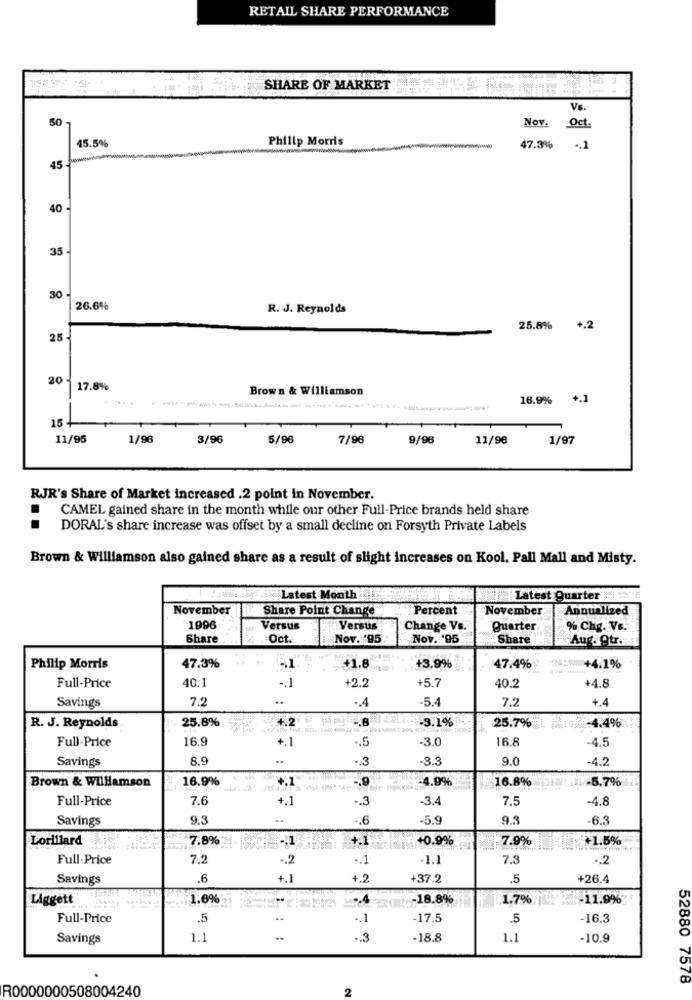
RETAIL SHARE PERFORMANCE
SHARE OF MARKET
Vs.
50
Nov.
Oct
45.5%
Philip Morris
47.3% .. 1
45
40
35
30
26.6%
R. J. Reynolds
25.8% +.2
25 -
20 -
17.8%
Brown & Williamson
16.9% +.1
16 +
11/95
1/96
3/96
5/96
7/96
9/98
11/96
1/97
RJR's Share of Market increased .2 point In November.
CAMEL gained share in the month while our other Full-Price brands held share
DORAL's share increase was offset by a small decline on Forsyth Private Labels
Brown & Williamson also gained share as a result of slight increases on Kool, Pall Mall and Misty.
Latest Month
Latest Quarter
November
Share Point Change
Percent
November
Annualized
1996.
Versus
Versus
Change Vs.
Quarter
% Chg. Ve.
Share
Oct.
Nov. 95
Nov. '95
Share
Aug. Our.
Philip Morris
47.3%
+1.8
+3,9%
47.4%
:+4.1%
40,1
+2.2
+5.7
Full-Price
-. 1
40.2
+4.8
7.2
.. 4
-5.4
7.2
+4
Savings
25.8%
4.2
-3.1%
R. J. Reynolds
25.7%
4.4%
Full-Price
16.9
-
.5
-3.0
16.8
4.5
Savings
8.9
.3
-3.3
9.0
-4.2
Brown & Williamson
16.9%
+,1
-. 9
-4.9%
16.8%
-5.7%
Full-Price
7.6
+.1
.. 3
-3.4
7.5
-4.8
Savings
9.3
.. 6
-5.9
9.3
-6.3
Lorillard
7.8%*
-. 1
+0.9%
7.9%
Full-Price
7.2
.. 2
.. 1
1.1
7.3
.. 2
Savings
.6
+.1
+.2
+37.2
.5
+26.4
Liggett
1.6%
.4
-18.8%
1.7%
-11.9%
Full-Price
.5
.1
-17.5
.5
-16.3
Savings
1.1
..
.. 3
-18.8
1.1
-10.9
52880 7578
R0000000508004240
2